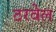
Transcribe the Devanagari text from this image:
ठरवेल